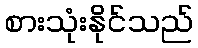
စားသုံးနိုင်သည်